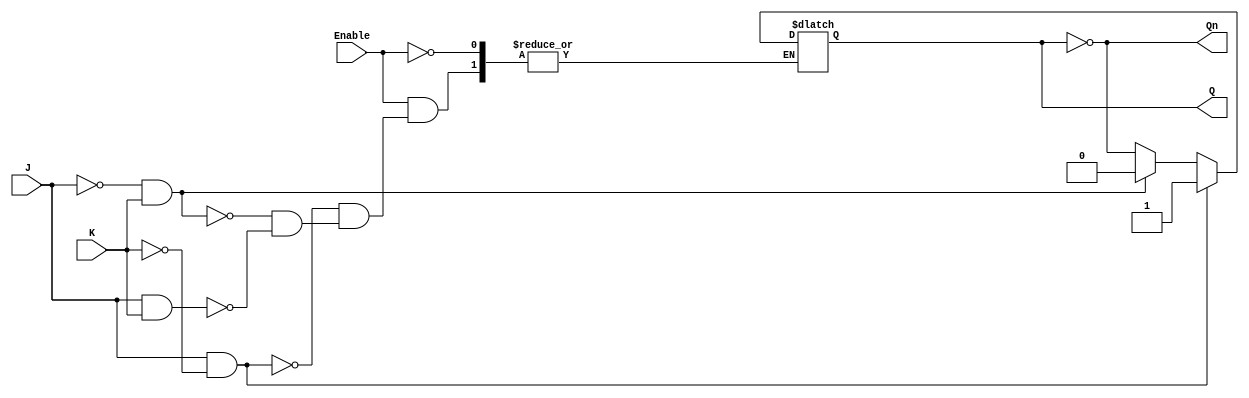
module gated_jk_latch (
    input wire J,        // Set input
    input wire K,        // Reset input
    input wire Enable,   // Control signal
    output reg Q,        // Current state output
    output wire Qn       // Inverted output
);

    assign Qn = ~Q; // Inverted output

    always @(Enable or J or K) begin
        if (Enable) begin
            if (J && ~K) begin
                Q <= 1; // Set
            end else if (~J && K) begin
                Q <= 0; // Reset
            end else if (J && K) begin
                Q <= ~Q; // Toggle
            end
            // If J = 0 and K = 0, retain the previous state (no action)
        end
        // If Enable is low, retain the previous state (no action)
    end

endmodule